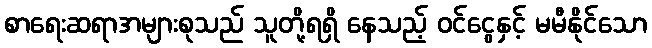
စာရေးဆရာအများစုသည် သူတို့ရရှိ နေသည့် ဝင်ငွေနှင့် မမီနိုင်သော